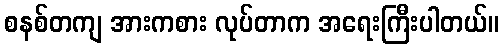
စနစ်တကျ အားကစား လုပ်တာက အရေးကြီးပါတယ်။